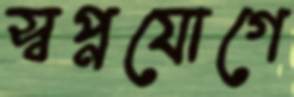
স্বপ্নযোগে